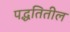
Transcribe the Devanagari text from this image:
पद्धतितील